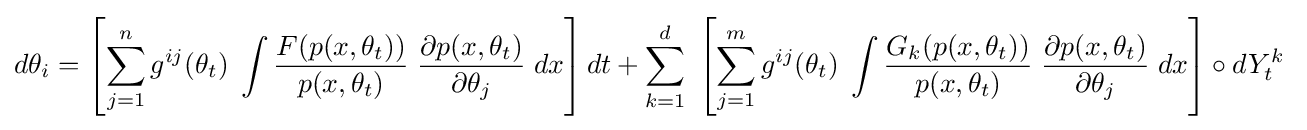
d\theta _{i}=\left[\sum _{j=1}^{n}g^{ij}(\theta _{t})\;\int {\frac {F(p(x,\theta _{t}))}{p(x,\theta _{t})}}\;{\frac {\partial p(x,\theta _{t})}{\partial \theta _{j}}}\;dx\right]dt+\sum _{k=1}^{d}\;\left[\sum _{j=1}^{m}g^{ij}(\theta _{t})\;\int {\frac {G_{k}(p(x,\theta _{t}))}{p(x,\theta _{t})}}\;{\frac {\partial p(x,\theta _{t})}{\partial \theta _{j}}}\;dx\right]\circ dY_{t}^{k}\